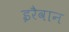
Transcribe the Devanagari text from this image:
इरैवान